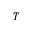
T